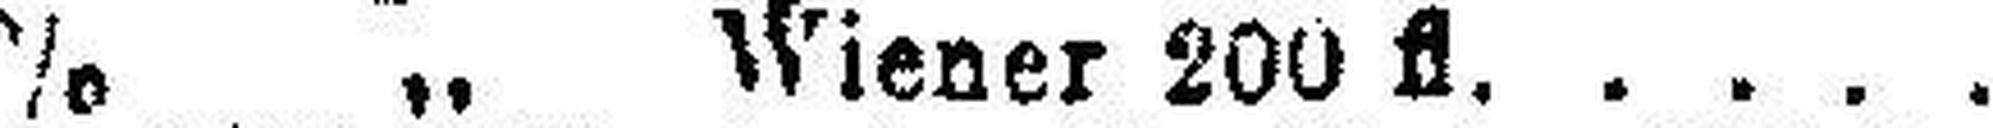
6% „ Wiener 200 fl.